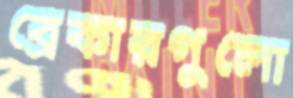
ব্রেকারগুলো